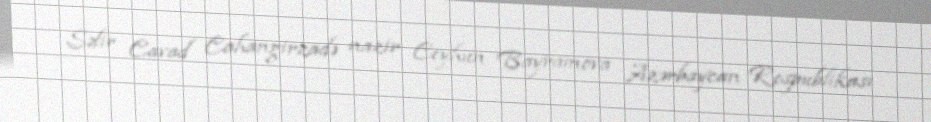
Səfir Cavad Cahangirzadə nazir Ceyhun Bayramova Azərbaycan Respublikası